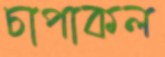
চাপাকল